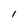
Character: I